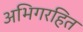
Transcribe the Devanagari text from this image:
अभिगरहित